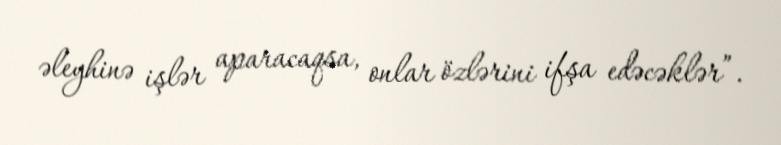
əleyhinə işlər aparacaqsa, onlar özlərini ifşa edəcəklər”.